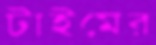
টাইমের